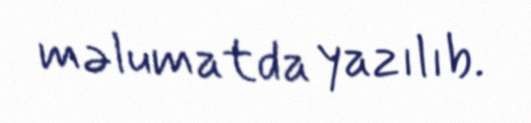
məlumatda yazılıb.